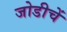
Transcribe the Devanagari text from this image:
जोडीचें